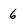
Character: 6